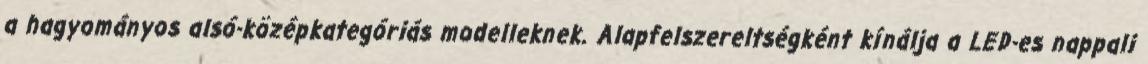
a hagyományos alsó-középkategóriás modelleknek. Alapfelszereltségként kínálja a LED-es nappali